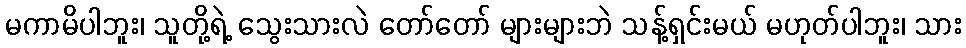
မကာမိပါဘူး၊ သူတို့ရဲ့ သွေးသားလဲ တော်တော် များများဘဲ သန့်ရှင်းမယ် မဟုတ်ပါဘူး၊ သား